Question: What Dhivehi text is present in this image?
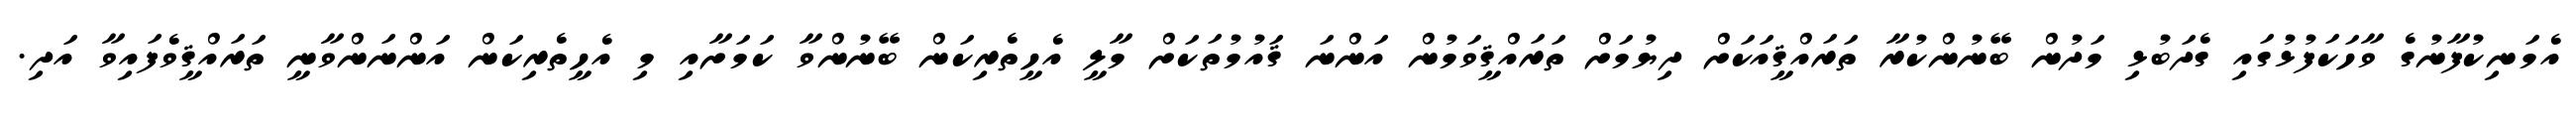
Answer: އެމަނިކުފާނުގެ ވާހަކަފުޅުގައި ގެދަބުޅި މަދުން ބޭނުންކުރާ ތަރައްޤީއަކަށް ދިޔުމަށް ތަރައްޤީވަމުން އަންނަ ޤައުމުތަކަށް މާލީ އެހީތެރިކަން ބޭނުންވާ ކަމަށާއި މި އެހީތެރިކަން އަންނަންވާނީ ތަރައްޤީވެފައިވާ އަދި.